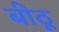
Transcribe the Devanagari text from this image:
बीठू